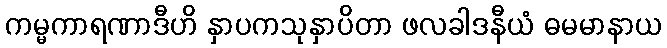
ကမ္မကာရဏာဒီဟိ နှာပကသုနှာပိတာ ဖလခါဒနီယံ ဓမမာနာယ